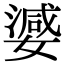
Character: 𭒞